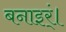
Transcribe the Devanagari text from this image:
बनाइर्ं।